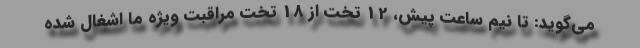
می‌گوید: تا نیم ساعت پیش، 12 تخت از 18 تخت مراقبت ویژه ما اشغال شده